Annual report on the lock hospitals of the Madras Presidency
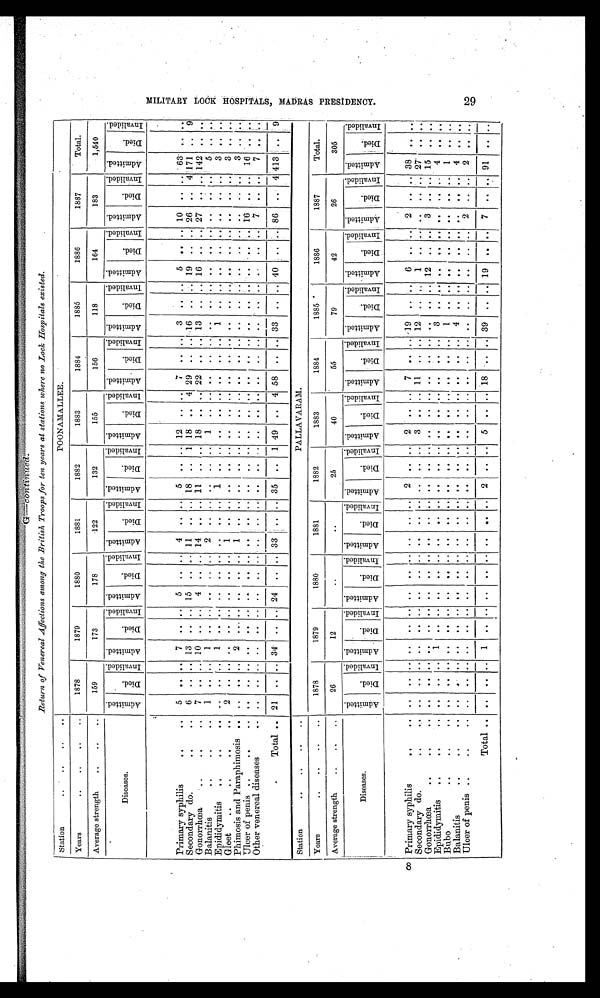
Return of Venereal Affections among the British Troops for ten years at stations where no Loch Hospitals existed.
Station
..
..
..
POONAMALLEE.
Years
..
..
..
..
1878
1879
1880
1881
1882
1883
1884
1885
1886
1887
Total.
Average strength
..
..
..
159
173
178
122
132
155
156
118
164
183
1,540
Diseases.
A d m i t t e d .
D i e d .
I n v a l i d e d . A d m i t t e d .
D i e d .
I n v a l i d e d . A d m i t t e d .
Died.
I n v a l i d e d . A d m i t t e d .
D i e d .
I n c v a l i d e d . A d m i t t e d .
D i e d .
I n v a l i d e d . A d m i t t e d .
D i e d .
I n v a l i d e d .
A d m i t t e d .
D i e d .
I n v a l i d e d .
A d m i t t e d .
D i e d .
I n v a l i d e d .
A d m i t t e d .
D i e d .
I n v a l i d e d .
A d m i t t e d .
D i e d .
I n v a l i d e d . A d m i t t e d .
D i e d .
I n v a l i d e d .
Primary syphilis
..
..
5
. .
. . 7
. . .. 5 .. .. 4 ..
. . 5
. .
. . 12 ..
. .
7 .. .. 3 .. ..
5
.. .. 10 ..
. . 63
. .
. .
Secondary do.
...
. . . 6 ..
. . 13 .. .. 15 .. .. 11 .. .. 18
. .
1 18 .. 4 29 .. .. 16 .. .. 19 .. .. 26 .. 4 171 .. 9
Gonorrhœa
..
..
7 .. .. 10 ..
. . 4 .. .. 14 .. .. 11 .. .. 18 .. .. 22 .. .. 13 .. .. 16 .. .. 27 .. . . 142 . .
. .
Balanitis
..
..
..
1
. . . .
1
. . . .
..
..
. . 2
. . . .
..
. . . .
1
. .
. . ..
. . ..
. . .. ..
. .
..
..
. .
. . . .
5
. .
. .
Epididymitis
..
..
. .
. . . .
1
. . . .
..
..
. . . .
. . . .
1
. . . .
..
. .
. . ..
. . ..
1 .. ..
. .
..
..
. .
. . . .
3
. .
. .
G l e e t . .
2
. . . .
..
. . . .
..
..
. . 1
. . . .
..
. . . .
..
. .
. . ..
. . ..
. . .. ..
. .
..
..
. .
. . . .
3
. .
. .
Phimosis and Paraphimosis .. .. .. .. 2
. . . .
..
..
. . 1
. .
. . ..
. .
. . . .
. .
. . ..
. . ..
. .
.. ..
. .
..
..
. .
. . . .
3
. .
. .
Ulcer of penis ..
..
. . ..
. . ..
. .
. . .. ..
. . . .
. . . . ..
. .
. . . .
. .
. . ..
. . ..
. .
.. ..
. . .. .. 16
. . . .
1 6 . .
. .
Other venereal diseases
.. ..
. . . .
..
. . . . .. ..
. .
. .
. . . . .. .. .. .. ..
. . .. .. .. ..
.. .. ..
. . .. 7 ..
. . 7
. .
. .
Total .. 21
. . .. 34 .. .. 24 .. .. 33
. . . . 35 ..
1
49 .. 4 58 .. .. 33 .. .. 40 ..
..
86 ..
4
413 .. 9
Station
..
..
...
..
PALLAVARAM.
Years
..
..
..
..
1878
1879
1880
1881
1882
1883
1884
1885
1886
1887
Total.
Average strength
..
26
12
. .
..
25
40
55
79
42
26
305
Diseases.
A d m i t t e d .
D i e d .
I n v a l i d e d .
A d m i t t e d
D i e d .
I n v a l i d e d . A d m i t t e d .
Di ed.
I n v a l i d e d . A d m i t t e d .
D i e d .
I n v a l i d e d . A d m i t t e d .
D i e d .
I n v a l i d e d . Admi t t ed.
D i e d .
I n v a l i d e d . A d m i t t e d .
D i e d .
I nval i ded. A d m i t t e d .
D i e d .
I nval i ded. A d m i t t e d .
Died
I nval i ded. A d m i t t e d e .
D i e d .
I n v a l i d e d . A d m i t t e d .
D i e d .
I n v a l i d e d .
Primary syphilis
...
. . ..
. .
..
..
. . .. ..
. . ..
.. .. 2
. . . .
2
..
. . 7
. . .. 19 .. .. 6 .. .. 2 .. .. 38
. . . .
Secondary do.
..
. . . .
. . .. ..
.. .. .. .. .. ..
.. .. ..
. . .. 3 .. .. 11
. . .. 12
. . ..
1
.. ..
. .
. . .. 27
. . . .
Gonorrhœa
. .
. .
. . . .
..
. . ..
.
. . .. ..
. . ..
.. .. ..
. .
. . ..
..
. . ..
. . ...
. .
. . .. 12 ..
..
3
. .
. . 15
. .
. .
Epididymitis
..
..
. . . .
. . . . 1
. .
. . .. ..
. . ..
. . .. ..
. .
. . ..
. .
. . ..
. . .. 3
. . ..
..
.. .. . .
. . . . 4
. .
. .
Bubo
...
..
. . . .
..
. . ..
. .
. . .. ..
. . ..
. . .. ..
. .
. . ..
. .
. . ..
. . ..
1
. . ..
. .
.. ..
. .
. .
. . 1
. . . .
Balanitis
. .
. . . .
. . .. ..
. .
. . .. ..
. . ..
. . .. ..
. .
. . .. ..
. . ..
. . .. 4
. . ..
. .
. . ..
. .
. .
. . 4
. . . .
Ulcer of penis ..
..
. . . .
. .
. . ..
..
. . .. ..
. . ..
.. .. ..
. .
. . ..
..
. . ..
. . ..
. .
. . ..
. .
..
..
2
. . . .
2 . . . .
T o t a l .
. .
..
. . 1
. .
. . .. ..
. . ..
. . .. 2 .. .. 5 .. .. 18 .. .. 39
. .
..
19
. .
..
7
. .
. .
91 ..
. .
M I L I T A R Y L O C K H O S P I T A L S , M A D R A S P R E S I D E N C Y . 2 9
8